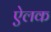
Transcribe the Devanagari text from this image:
ऐलक